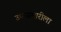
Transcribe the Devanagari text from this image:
उपासमारीला